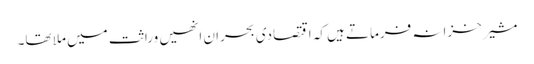
مشیر خزانہ فرماتے ہیں کہ اقتصادی بحران انھیں وراثت میں ملا تھا۔